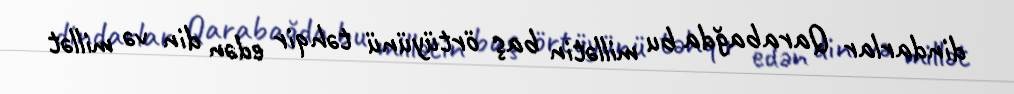
dindarlar Qarabağda bu millətin baş örtüyünü təhqir edən din və millət